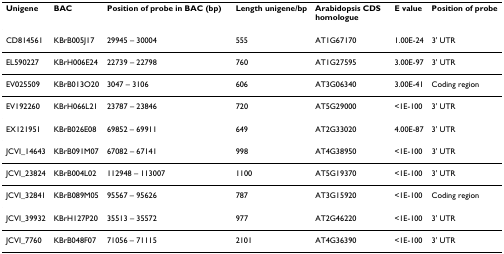
| Unigene | BAC | Position of probe in BAC (bp) | Length unigene/bp | Arabidopsis CDS homologue | E value | Position of probe |
 | --- | --- | --- | --- | --- | --- | --- |
 | CD814561 | KBrB005J17 | 29945 – 30004 | 555 | AT1G67170 | 1.00E-24 | 3' UTR |
 | EL590227 | KBrH006E24 | 22739 – 22798 | 760 | AT1G27595 | 3.00E-97 | 3' UTR |
 | EV025509 | KBrB013O20 | 3047 – 3106 | 606 | AT3G06340 | 3.00E-41 | Coding region |
 | EV192260 | KBrH066L21 | 23787 – 23846 | 720 | AT5G29000 | <1E-100 | 3' UTR |
 | EX121951 | KBrB026E08 | 69852 – 69911 | 649 | AT2G33020 | 4.00E-87 | 3' UTR |
 | JCVI_14643 | KBrB091M07 | 67082 – 67141 | 998 | AT4G38950 | <1E-100 | 3' UTR |
 | JCVI_23824 | KBrB004L02 | 112948 – 113007 | 1100 | AT5G19370 | <1E-100 | 3' UTR |
 | JCVI_32841 | KBrB089M05 | 95567 – 95626 | 787 | AT3G15920 | <1E-100 | Coding region |
 | JCVI_39932 | KBrH127P20 | 35513 – 35572 | 977 | AT2G46220 | <1E-100 | 3' UTR |
 | JCVI_7760 | KBrB048F07 | 71056 – 71115 | 2101 | AT4G36390 | <1E-100 | 3' UTR |